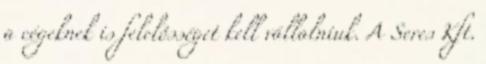
a cégeknek is felelôsséget kell vállalniuk. A Seres Kft.